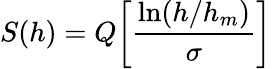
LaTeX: S(h)=Q\biggl[\frac{\ln(h/h_{m})}{\sigma}\biggr]